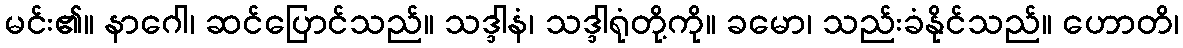
မင်း၏။ နာဂေါ၊ ဆင်ပြောင်သည်။ သဒ္ဒါနံ၊ သဒ္ဒါရုံတို့ကို။ ခမော၊ သည်းခံနိုင်သည်။ ဟောတိ၊